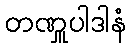
တဏှူပါဒါနံ